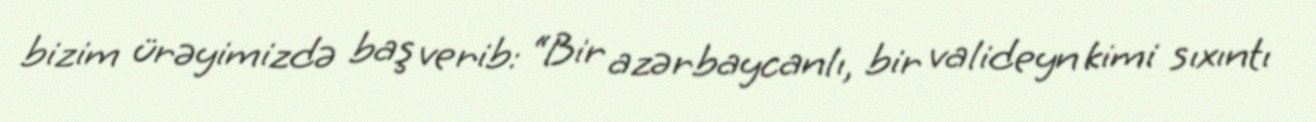
bizim ürəyimizdə baş verib: “Bir azərbaycanlı, bir valideyn kimi sıxıntı